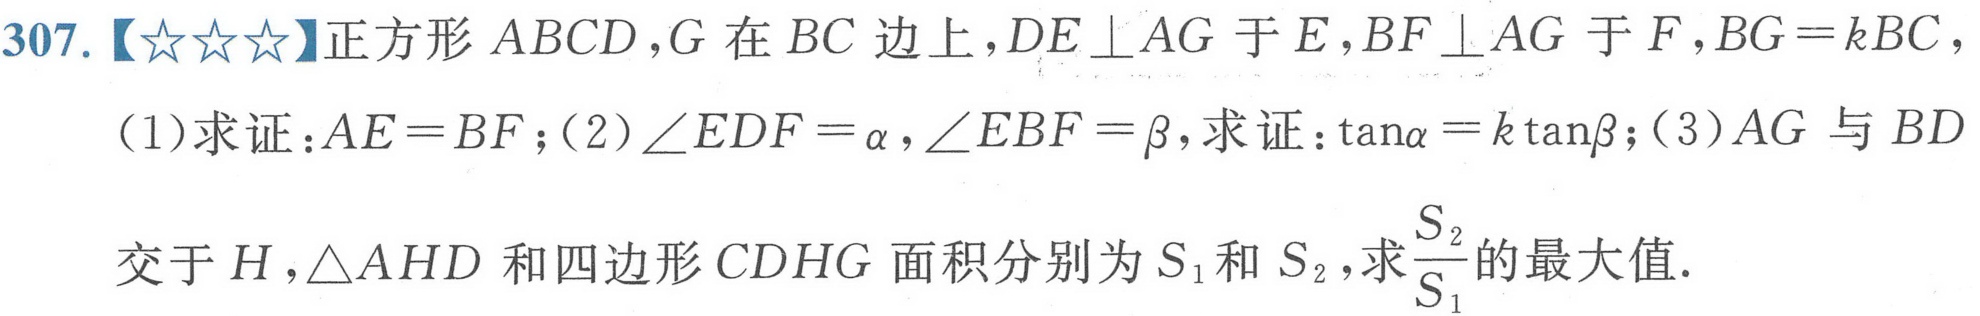
307.【★★★】正方形$ABCD$，$G$在$BC$边上，$DE\perp AG$于$E$，$BF\perp AG$于$F$，$BG = kBC$，
(1)求证：$AE = BF$；(2)$\angle EDF=\alpha$，$\angle EBF=\beta$，求证：$\tan\alpha=k\tan\beta$；(3)$AG$与$BD$
交于$H$，$\triangle AHD$和四边形$CDHG$面积分别为$S_{1}$和$S_{2}$，求$\frac{S_{2}}{S_{1}}$的最大值.